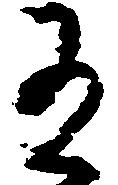
有